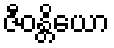
ဇီဝန္တိယော